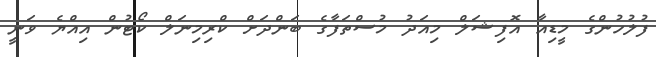
ފުލުހުންގެ މީޑިއާ އޮފިޝަލް މިއަދު މުސްތަފާގެ ބަންދަށް ކްރިމިނަލް ކޯޓުން އިއްޔެ ވަނީ